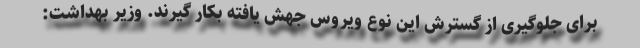
برای جلوگیری از گسترش این نوع ویروس جهش یافته بکار گیرند. وزیر بهداشت: